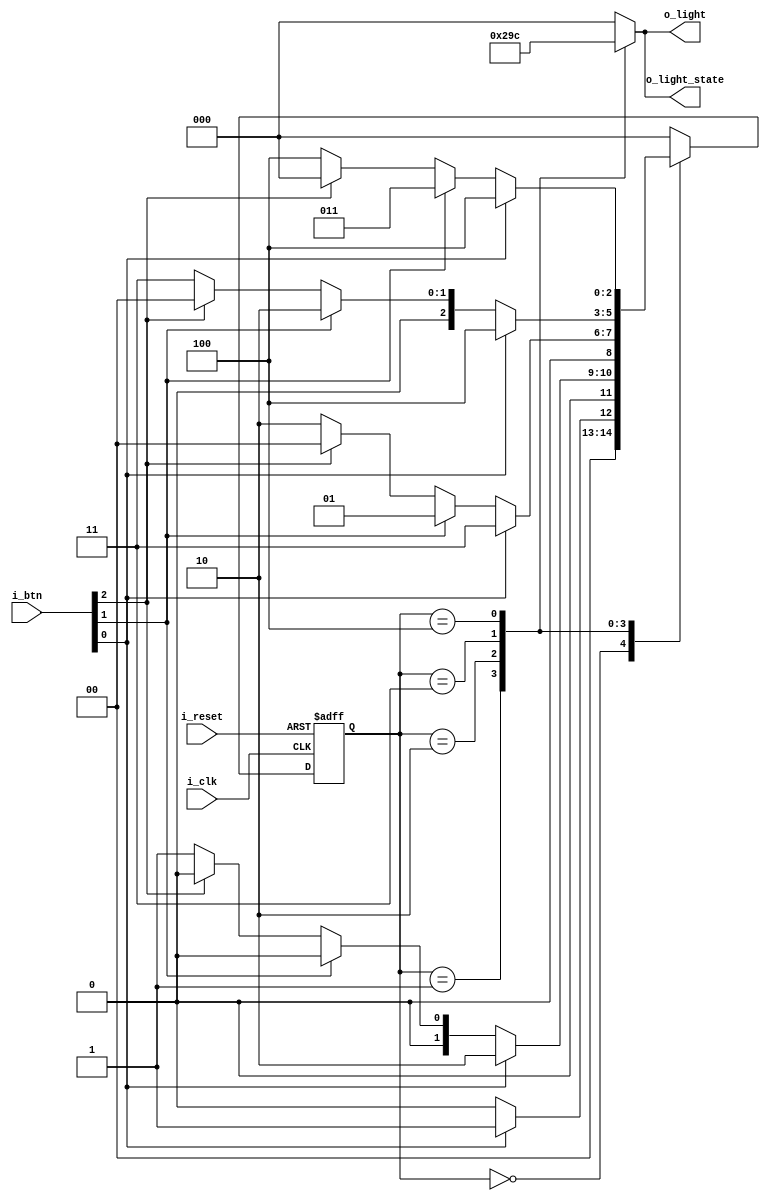
`timescale 1ns / 1ps

module fsm_light(
        input i_clk, i_reset,
        // input[1:0] i_OnOffSw,
        input [2:0] i_btn,  // 0:up 1:down 2:off
        output[2:0] o_light,
        output[2:0] o_light_state
    );

    parameter   S_LED_000    = 3'b000,
                S_LED_001    = 3'b001,
                S_LED_010    = 3'b010,
                S_LED_011    = 3'b011,
                S_LED_100    = 3'b100;

    reg[2:0] currentState, nextState;
    reg[2:0] r_light;
    reg[2:0] r_light_state;
    
    assign o_light = r_light;
    assign o_light_state = r_light_state;

//apply event changes
    always @(posedge i_clk or posedge i_reset) begin
        if(i_reset) currentState <= S_LED_000;
        else currentState <= nextState;
    end

// event processing
    always @(currentState or i_btn) begin
        case (currentState)
            S_LED_000   : begin
                if  (i_btn[0]) nextState <= S_LED_001;
                else if(i_btn[1]) nextState <= S_LED_000;
                else nextState <= S_LED_000;
            end

            S_LED_001    : begin
                if  (i_btn[0]) nextState <= S_LED_010;
                else if(i_btn[1]) nextState <= S_LED_000;
                else if(i_btn[2]) nextState <= S_LED_000;
                else nextState <= S_LED_001;
            end

            S_LED_010    : begin
                if  (i_btn[0]) nextState <= S_LED_011;
                else if(i_btn[1]) nextState <= S_LED_001;
                else if(i_btn[2]) nextState <= S_LED_000;
                else nextState <= S_LED_010;
            end

            S_LED_011    : begin
                if  (i_btn[0]) nextState <= S_LED_100;
                else if(i_btn[1]) nextState <= S_LED_010;
                else if(i_btn[2]) nextState <= S_LED_000;
                else nextState <= S_LED_011;
            end

            S_LED_100    : begin
                if  (i_btn[0]) nextState <= S_LED_100;
                else if(i_btn[1]) nextState <= S_LED_011;
                else if(i_btn[2]) nextState <= S_LED_000;
                else nextState <= S_LED_100;
            end
            default : nextState <= S_LED_000;
        endcase
    end

// Operation part depending on the condition
    always @(currentState) begin
        r_light <= 3'bxxx; // 'x'is floating state. 'z' is high impedence state.
        case (currentState)
            S_LED_000 : r_light <= 3'b000; 
            S_LED_001 : r_light <= 3'b001;
            S_LED_010 : r_light <= 3'b010;
            S_LED_011 : r_light <= 3'b011;
            S_LED_100 : r_light <= 3'b100;
            default : r_light <= 3'b000;
        endcase
        
    end

    always @(currentState) begin
        r_light_state <= 3'bxxx; // 'x'is floating state. 'z' is high impedence state.
        case (currentState)
            S_LED_000 : r_light_state <= 3'b000; 
            S_LED_001 : r_light_state <= 3'b001;
            S_LED_010 : r_light_state <= 3'b010;
            S_LED_011 : r_light_state <= 3'b011;
            S_LED_100 : r_light_state <= 3'b100;
            default : r_light_state <= 3'b000;
        endcase
        
    end
endmodule